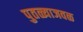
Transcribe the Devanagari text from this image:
पुतळ्याजवळ